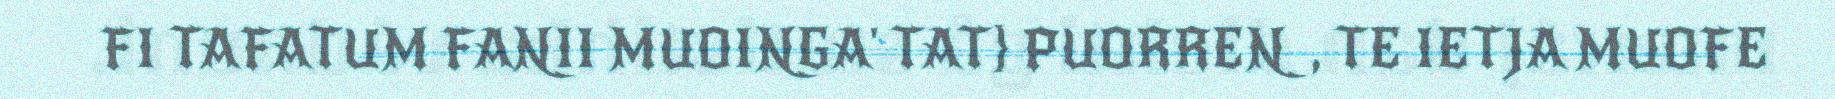
FI TAFATUM FANII MUOINGA' TAT} PUORREN, TE IETJA MUOFE